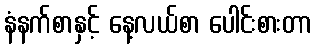
နံနက်စာနှင့် နေ့လယ်စာ ပေါင်းစားတာ